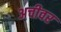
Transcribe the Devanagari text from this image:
अचीवर